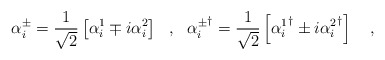
\begin{align*}\alpha^\pm_i=\frac{1}{\sqrt{2}}\left[\alpha^1_i\mp i\alpha^2_i\right]\ \ ,\ \ {\alpha^\pm_i}^\dagger=\frac{1}{\sqrt{2}}\left[{\alpha^1_i}^\dagger\pm i{\alpha^2_i}^\dagger\right]\ \ \ ,\end{align*}